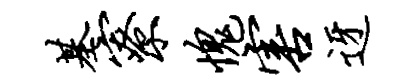
基寮愧害迓